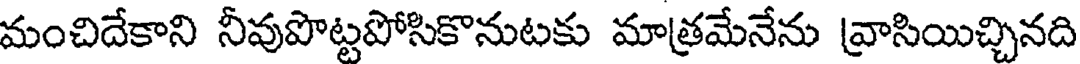
మంచిదేకాని నీవుపొట్టపోసికొనుటకు మాత్రమేనేను వ్రాసియిచ్చినది